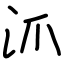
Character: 沠